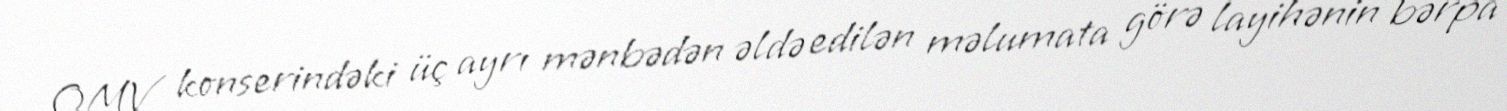
OMV konserindəki üç ayrı mənbədən əldə edilən məlumata görə layihənin bərpa